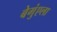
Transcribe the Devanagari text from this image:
बेगुंएला